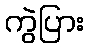
ကွဲပြား